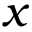
x